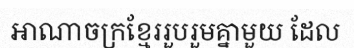
អាណាចក្រខ្មែររួបរួមគ្នាមួយ ដែល